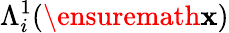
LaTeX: \Lambda_{i}^{1}(\ensuremath{\mathbf{x}})